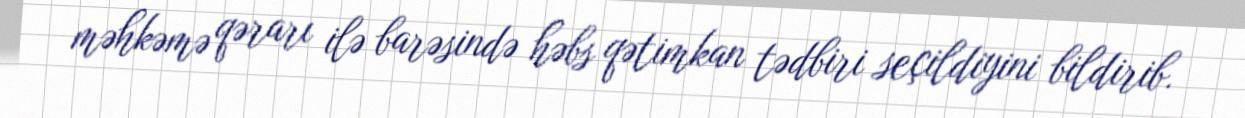
məhkəmə qərarı ilə barəsində həbs qətimkan tədbiri seçildiyini bildirib.